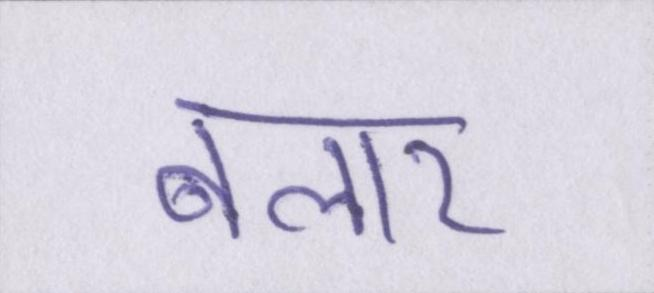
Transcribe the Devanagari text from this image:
बलार